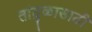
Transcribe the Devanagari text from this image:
तांदुळासाठी